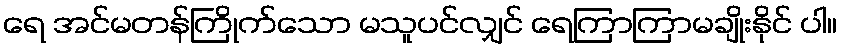
ရေ အင်မတန်ကြိုက်သော မသူပင်လျှင် ရေကြာကြာမချိုးနိုင် ပါ။